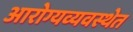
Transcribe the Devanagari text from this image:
आरोग्यव्यवस्थेत